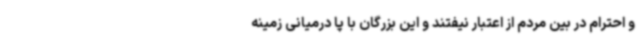
و احترام در بین مردم از اعتبار نیفتند و این بزرگان با پا درمیانی زمینه